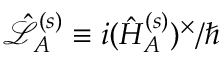
\mathcal { \hat { L } } _ { A } ^ { ( s ) } \equiv i ( \hat { H } _ { A } ^ { ( s ) } ) ^ { \times } / \hbar